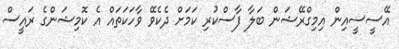
އޭސީސީއިން އިމިގްރޭޝަން ބަލާ ފާސްކުރި ކަމަށް ދެކެވޭ ވާހަކަތައް އެ ކޮމިޝަންގެ ރައީސް